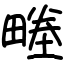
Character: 畻